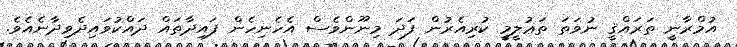
އުމްރާނީ ތަރައްޤީ ނުވަތަ ތަޢުލީމީ ކުރިއެރުން ފަދަ މިނޫންވެސް އެހެނިހެން ފައިދާތައް ދައްކުވައިދެވިދާނެއެވެ.